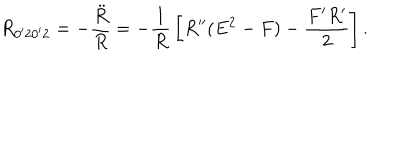
LaTeX: R _ { 0 ^ { \prime } 2 0 ^ { \prime } 2 } = - { \frac { \ddot { R } } { R } } = - { \frac { 1 } { R } } \left[ R ^ { \prime \prime } ( E ^ { 2 } - F ) - { \frac { F ^ { \prime } R ^ { \prime } } { 2 } } \right] .